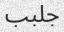
جلبب